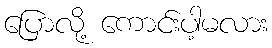
ပြောလို့ ကောင်းပါ့မလား